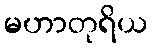
မဟာတုရိယ